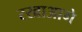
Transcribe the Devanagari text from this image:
रखाआगे